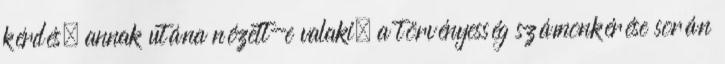
kérdés, annak utána nézett-e valaki. a törvényesség számonkérése során